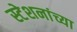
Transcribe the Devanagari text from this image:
स्टेशनांच्या